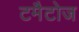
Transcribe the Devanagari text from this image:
टमैटोज